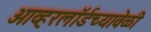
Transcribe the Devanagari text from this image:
ओव्हरलॉर्डच्यावेळी